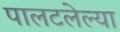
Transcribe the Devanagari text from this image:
पालटलेल्या